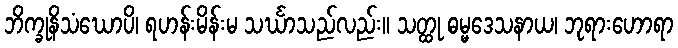
ဘိက္ခုနိသံဃောပိ၊ ရဟန်းမိန်းမ သင်္ဃာသည်လည်း။ သတ္ထု ဓမ္မဒေသနာယ၊ ဘုရားဟောရာ